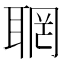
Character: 𦖉